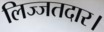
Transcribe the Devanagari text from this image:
लिज्जतदार।